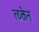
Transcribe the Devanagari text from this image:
त्य्क्तेन